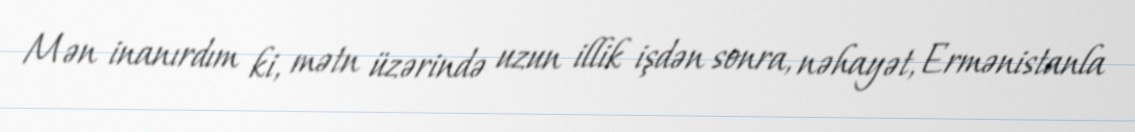
Mən inanırdım ki, mətn üzərində uzun illik işdən sonra, nəhayət, Ermənistanla